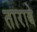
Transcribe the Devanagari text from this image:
ताराबे